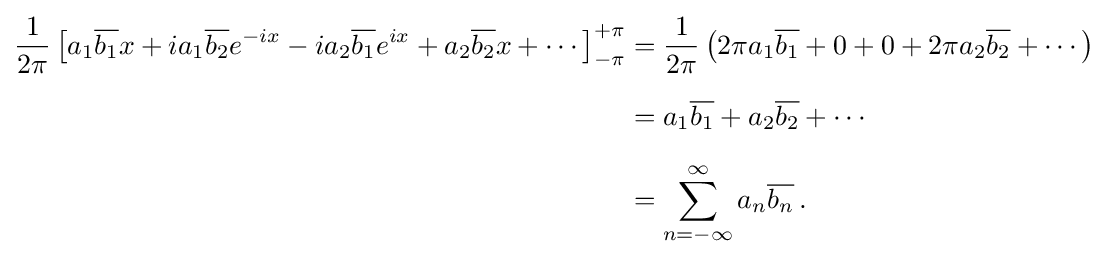
{\begin{aligned}{\frac {1}{2\pi }}\left[a_{1}{\overline {b_{1}}}x+ia_{1}{\overline {b_{2}}}e^{-ix}-ia_{2}{\overline {b_{1}}}e^{ix}+a_{2}{\overline {b_{2}}}x+\cdots \right]_{-\pi }^{+\pi }&={\frac {1}{2\pi }}\left(2\pi a_{1}{\overline {b_{1}}}+0+0+2\pi a_{2}{\overline {b_{2}}}+\cdots \right)\\[6pt]&=a_{1}{\overline {b_{1}}}+a_{2}{\overline {b_{2}}}+\cdots \\[6pt]&=\sum _{n=-\infty }^{\infty }a_{n}{\overline {b_{n}}}\,.\end{aligned}}